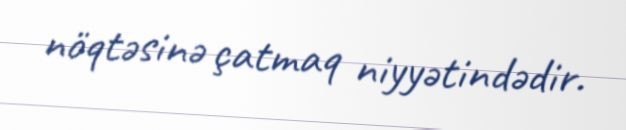
nöqtəsinə çatmaq niyyətindədir.